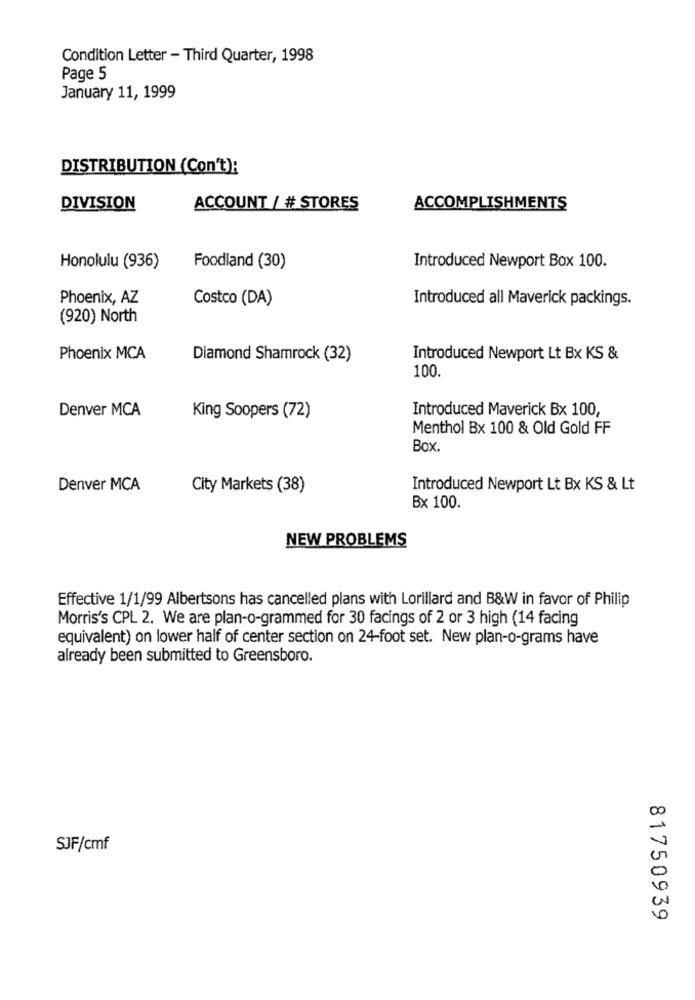
Condition Letter - Third Quarter, 1998
Page 5
January 11, 1999
DISTRIBUTION (Con't):
DIVISION
ACCOUNT / # STORES
ACCOMPLISHMENTS
Honolulu (936)
Foodland (30)
Introduced Newport Box 100.
Phoenix, AZ
Costco (DA)
Introduced all Maverick packings.
(920) North
Phoenix MCA
Diamond Shamrock (32)
Introduced Newport Lt Bx KS &
100.
Denver MCA
Introduced Maverick Bx 100,
King Soopers (72)
Menthol Bx 100 & Old Gold FF
Box.
Denver MCA
City Markets (38)
Introduced Newport Lt Bx KS & Lt
Bx 100.
NEW PROBLEMS
Effective 1/1/99 Albertsons has cancelled plans with Lorillard and B&W in favor of Philip
Morris's CPL 2. We are plan-o-grammed for 30 facings of 2 or 3 high (14 facing
equivalent) on lower half of center section on 24-foot set. New plan-o-grams have
already been submitted to Greensboro.
SJF/cmf
81750939